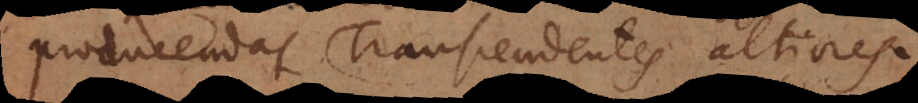
producendas Transcendentes altiores.